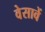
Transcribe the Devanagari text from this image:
वेसावें